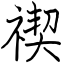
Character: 禊